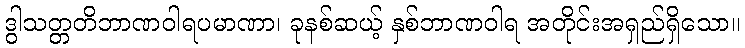
ဒွါသတ္တတိဘာဏဝါရပမာဏာ၊ ခုနစ်ဆယ့် နှစ်ဘာဏဝါရ အတိုင်းအရှည်ရှိသော။